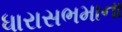
ધારાસભમાના